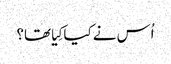
‏ اُس نے کیا کِیا تھا؟